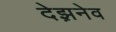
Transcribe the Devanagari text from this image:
देझ़नेव